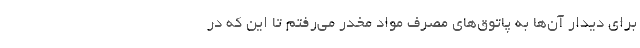
برای دیدار آن‌ها به پاتوق‌های مصرف مواد مخدر می‌رفتم تا این که در